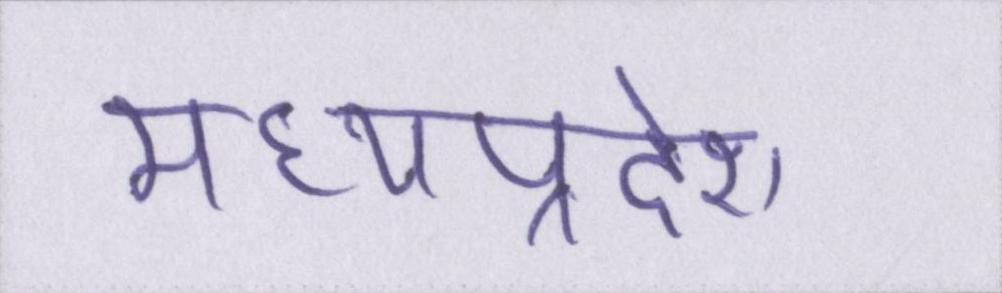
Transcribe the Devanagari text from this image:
मध्यप्रदेश